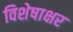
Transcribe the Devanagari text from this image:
विशेषाक्षर